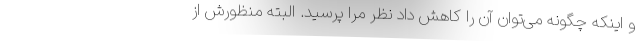
و اینکه چگونه می‌توان آن را کاهش داد نظر مرا پرسید. البته منظورش از